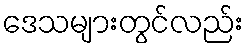
ဒေသများတွင်လည်း